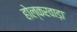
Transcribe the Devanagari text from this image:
होल्करवाड़ा